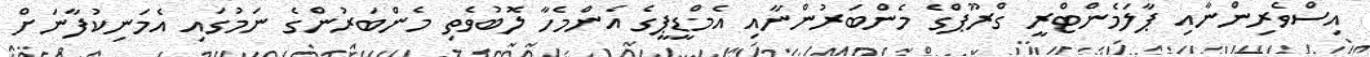
އިސްވެރިންނާއި ޕާލަމެންޓްރީ ގްރޫޕްގެ މެންބަރުންނާއި އެމްޑީޕީގެ އެންމެހާ ލޮބުވެތި މެންބަރުންގެ ނަމުގައި އެމަނިކުފާނަށް